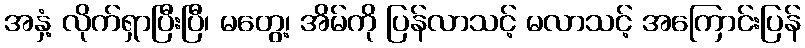
အနှံ့ လိုက်ရှာပြီးပြီ၊ မတွေ့၊ အိမ်ကို ပြန်လာသင့် မလာသင့် အကြောင်းပြန်